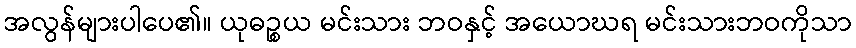
အလွန်များပါပေ၏။ ယုဓဉ္စယ မင်းသား ဘဝနှင့် အယောဃရ မင်းသားဘဝကိုသာ